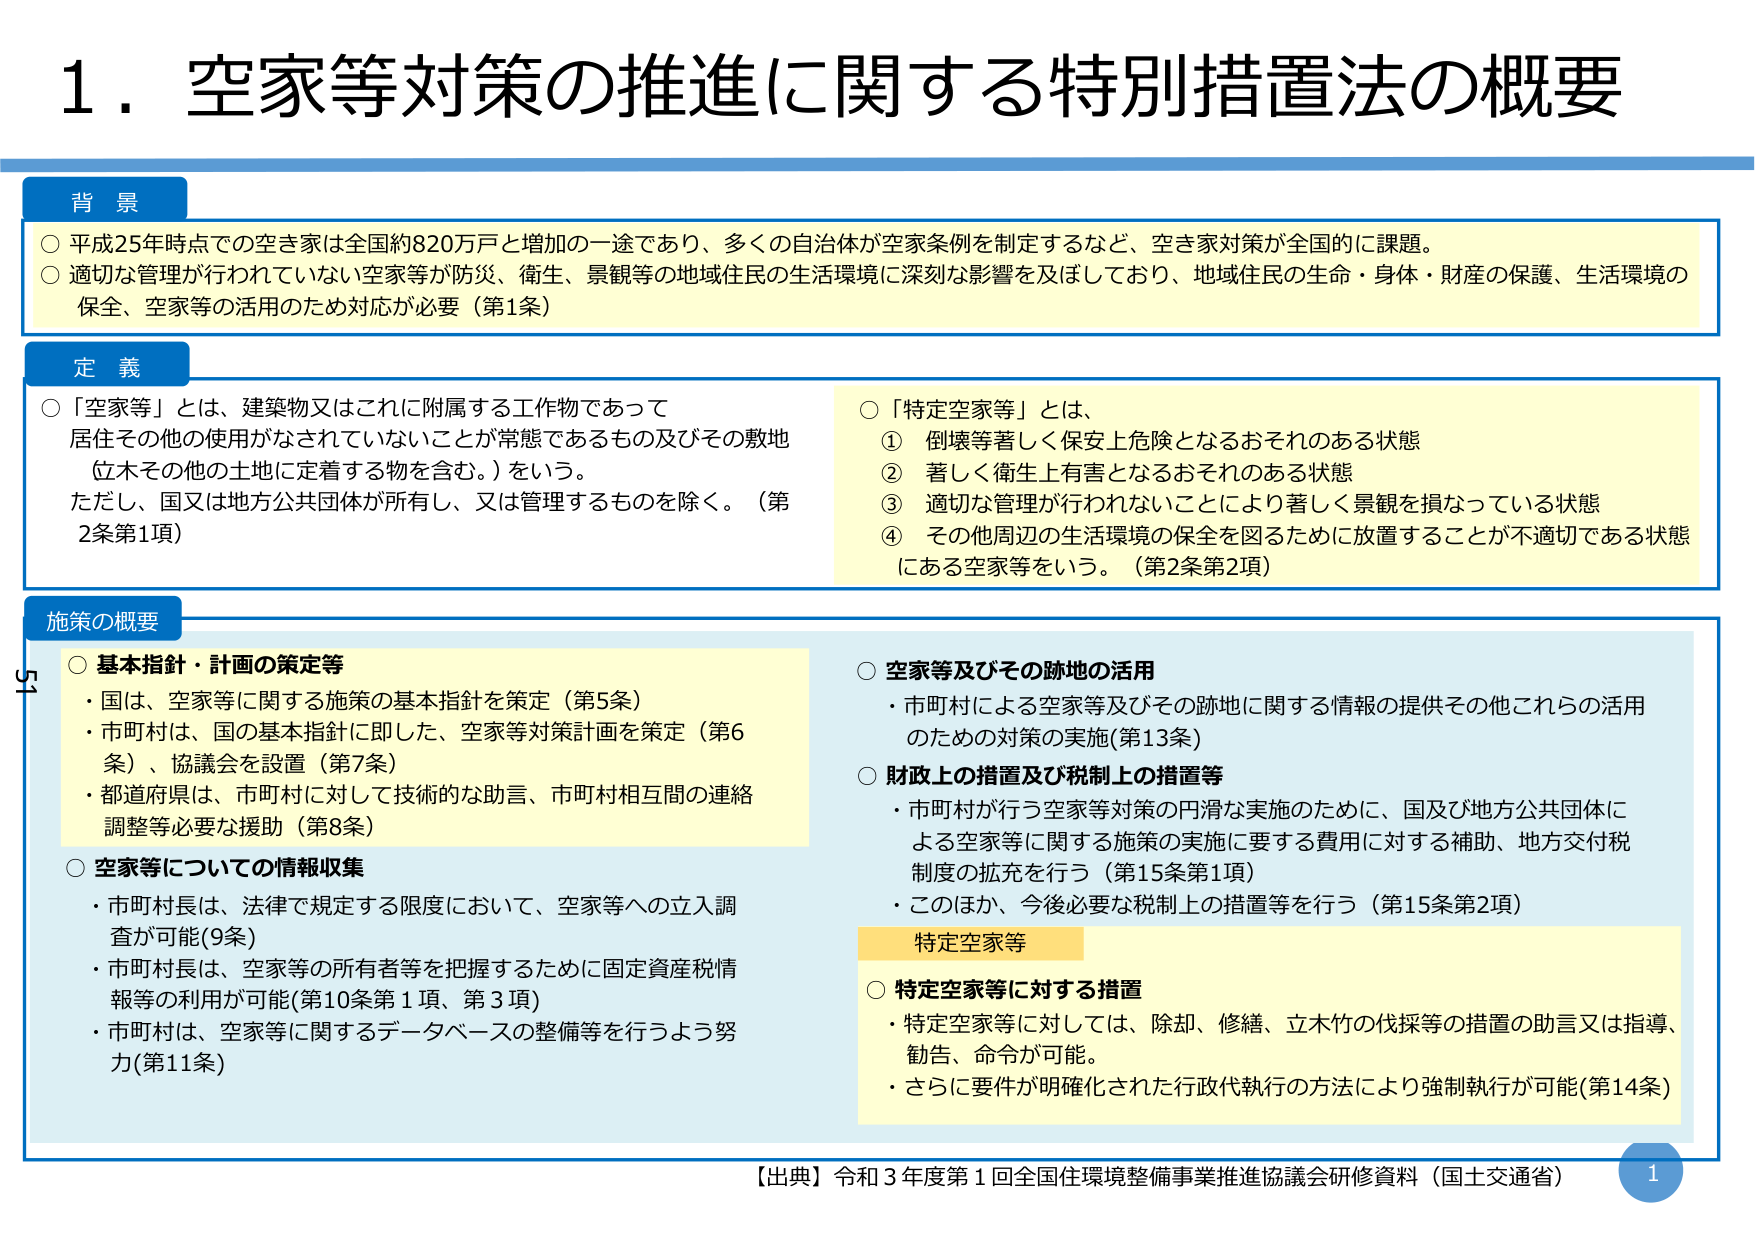
1. 空家等対策の推進に関する特別措置法の概要

背景
○ 平成25年時点での空き家は全国約820万戸と増加の一途であり、多くの自治体が空家条例を制定するなど、空き家対策が全国的に課題。
○ 適切な管理が行われていない空家等が防災、衛生、景観等の地域住民の生活環境に深刻な影響を及ぼしており、地域住民の生命・身体・財産の保護、生活環境の保全、空家等の活用のため対応が必要（第1条）

定義
○ 「空家等」とは、建築物又はこれに附属する工作物であって
居住その他の使用がなされていないことが常態であるもの及びその敷地
（立木その他の土地に定着する物を含む。）をいう。
ただし、国又は地方公共団体が所有し、又は管理するものを除く。（第2条第1項）

○ 「特定空家等」とは、
① 倒壊等著しく保安上危険となるおそれのある状態
② 著しく衛生上有害となるおそれのある状態
③ 適切な管理が行われないことにより著しく景観を損なっている状態
④ その他周辺の生活環境の保全を図るために放置することが不適切である状態
にある空家等をいう。（第2条第2項）

施策の概要
○ 基本指針・計画の策定等
・ 国は、空家等に関する施策の基本指針を策定（第5条）
・ 市町村は、国の基本指針に即した、空家等対策計画を策定（第6条）、協議会を設置（第7条）
・ 都道府県は、市町村に対して技術的な助言、市町村相互間の連絡調整等必要な援助（第8条）

○ 空家等についての情報収集
・ 市町村長は、法律で規定する限度において、空家等への立入調査が可能（第9条）
・ 市町村長は、空家等の所有者等を把握するために固定資産税情報等の利用が可能（第10条第1項、第3項）
・ 市町村は、空家等に関するデータベースの整備等を行うよう努力（第11条）

○ 空家等及びその跡地の活用
・ 市町村による空家等及びその跡地に関する情報の提供その他これらの活用のための対策の実施（第13条）

○ 財政上の措置及び税制上の措置等
・ 市町村が行う空家等対策の円滑な実施のために、国及び地方公共団体による空家等に関する施策の実施に要する費用に対する補助、地方交付税制度の拡充を行う（第15条第1項）
・ このほか、今後必要な税制上の措置等を行う（第15条第2項）

特定空家等
○ 特定空家等に対する措置
・ 特定空家等に対しては、除却、修繕、立木竹の伐採等の措置の助言又は指導、勧告、命令が可能。
・ さらに要件が明確化された行政代執行の方法により強制執行が可能（第14条）

【出典】令和3年度第1回全国住環境整備事業推進協議会研修資料（国土交通省）